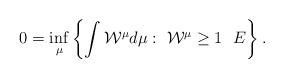
LaTeX: \begin{align*}0=\inf_\mu \left\{ \int \mathcal W^\mu d\mu : \ \mathcal W^\mu\ge 1 \ \ E\right\}.\end{align*}